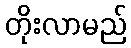
တိုးလာမည်